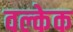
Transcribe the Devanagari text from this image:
वल्केक